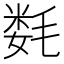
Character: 𰚦